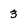
Character: 3